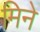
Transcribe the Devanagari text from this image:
मिने